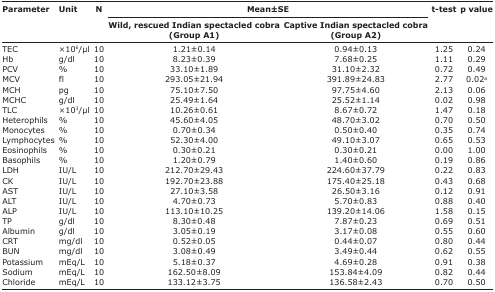
<table><thead><tr><td rowspan="3"><b>Parameter</b></td><td rowspan="3"><b>Unit</b></td><td rowspan="3"><b>N</b></td><td colspan="2"><b>Mean±SE</b></td><td rowspan="3"><b>t-test</b></td><td rowspan="3"><b>p value</b></td></tr><tr><td><b>Wild, rescued Indian spectacled cobra (Group A1)</b></td><td><b>Captive Indian spectacled cobra (Group A2)</b></td></tr></thead><tbody><tr><td>TEC</td><td>×10<sup>6</sup>/μl</td><td>10</td><td>1.21±0.14</td><td>0.94±0.13</td><td>1.25</td><td>0.24</td></tr><tr><td>Hb</td><td>g/dl</td><td>10</td><td>8.23±0.39</td><td>7.68±0.25</td><td>1.11</td><td>0.29</td></tr><tr><td>PCV</td><td>%</td><td>10</td><td>33.10±1.89</td><td>31.10±2.32</td><td>0.72</td><td>0.49</td></tr><tr><td>MCV</td><td>fl</td><td>10</td><td>293.05±21.94</td><td>391.89±24.83</td><td>2.77</td><td>0.02<sup>a</sup></td></tr><tr><td>MCH</td><td>pg</td><td>10</td><td>75.10±7.50</td><td>97.75±4.60</td><td>2.13</td><td>0.06</td></tr><tr><td>MCHC</td><td>g/dl</td><td>10</td><td>25.49±1.64</td><td>25.52±1.14</td><td>0.02</td><td>0.98</td></tr><tr><td>TLC</td><td>×10<sup>3</sup>/μl</td><td>10</td><td>10.26±0.61</td><td>8.67±0.72</td><td>1.47</td><td>0.18</td></tr><tr><td>Heterophils</td><td>%</td><td>10</td><td>45.60±4.05</td><td>48.70±3.02</td><td>0.70</td><td>0.50</td></tr><tr><td>Monocytes</td><td>%</td><td>10</td><td>0.70±0.34</td><td>0.50±0.40</td><td>0.35</td><td>0.74</td></tr><tr><td>Lymphocytes</td><td>%</td><td>10</td><td>52.30±4.00</td><td>49.10±3.07</td><td>0.65</td><td>0.53</td></tr><tr><td>Eosinophils</td><td>%</td><td>10</td><td>0.30±0.21</td><td>0.30±0.21</td><td>0.00</td><td>1.00</td></tr><tr><td>Basophils</td><td>%</td><td>10</td><td>1.20±0.79</td><td>1.40±0.60</td><td>0.19</td><td>0.86</td></tr><tr><td>LDH</td><td>IU/L</td><td>10</td><td>212.70±29.43</td><td>224.60±37.79</td><td>0.22</td><td>0.83</td></tr><tr><td>CK</td><td>IU/L</td><td>10</td><td>192.70±23.88</td><td>175.40±25.18</td><td>0.43</td><td>0.68</td></tr><tr><td>AST</td><td>IU/L</td><td>10</td><td>27.10±3.58</td><td>26.50±3.16</td><td>0.12</td><td>0.91</td></tr><tr><td>ALT</td><td>IU/L</td><td>10</td><td>4.70±0.73</td><td>5.70±0.83</td><td>0.88</td><td>0.40</td></tr><tr><td>ALP</td><td>IU/L</td><td>10</td><td>113.10±10.25</td><td>139.20±14.06</td><td>1.58</td><td>0.15</td></tr><tr><td>TP</td><td>g/dl</td><td>10</td><td>8.30±0.48</td><td>7.87±0.23</td><td>0.69</td><td>0.51</td></tr><tr><td>Albumin</td><td>g/dl</td><td>10</td><td>3.05±0.19</td><td>3.17±0.08</td><td>0.55</td><td>0.60</td></tr><tr><td>CRT</td><td>mg/dl</td><td>10</td><td>0.52±0.05</td><td>0.44±0.07</td><td>0.80</td><td>0.44</td></tr><tr><td>BUN</td><td>mg/dl</td><td>10</td><td>3.08±0.49</td><td>3.49±0.44</td><td>0.62</td><td>0.55</td></tr><tr><td>Potassium</td><td>mEq/L</td><td>10</td><td>5.18±0.37</td><td>4.69±0.28</td><td>0.91</td><td>0.38</td></tr><tr><td>Sodium</td><td>mEq/L</td><td>10</td><td>162.50±8.09</td><td>153.84±4.09</td><td>0.82</td><td>0.44</td></tr><tr><td>Chloride</td><td>mEq/L</td><td>10</td><td>133.12±3.75</td><td>136.58±2.43</td><td>0.70</td><td>0.50</td></tr></tbody></table>